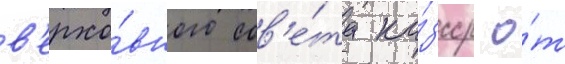
в'ерхо́вного сов'е́та ка́зсср о́т